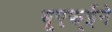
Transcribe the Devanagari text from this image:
यूएफ्ईने